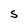
Character: S